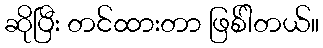
ဆိုပြီး တင်ထားတာ ဖြစ်ါတယ်။